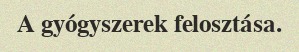
A gyógyszerek felosztása.